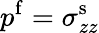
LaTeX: p^{\mathrm{f}}=\sigma_{zz}^{\mathrm{s}}